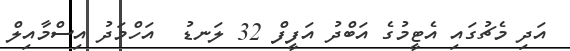
އަދި މެޗުގައި އެޓީމުގެ އަބްދު އަފީފް 32 ލަނޑު  އަހްމަދު އިސްމާއިލް